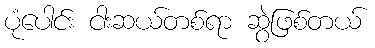
ပုံပေါင်း ငါးဆယ်တစ်ရာ ဆွဲဖြစ်တယ်